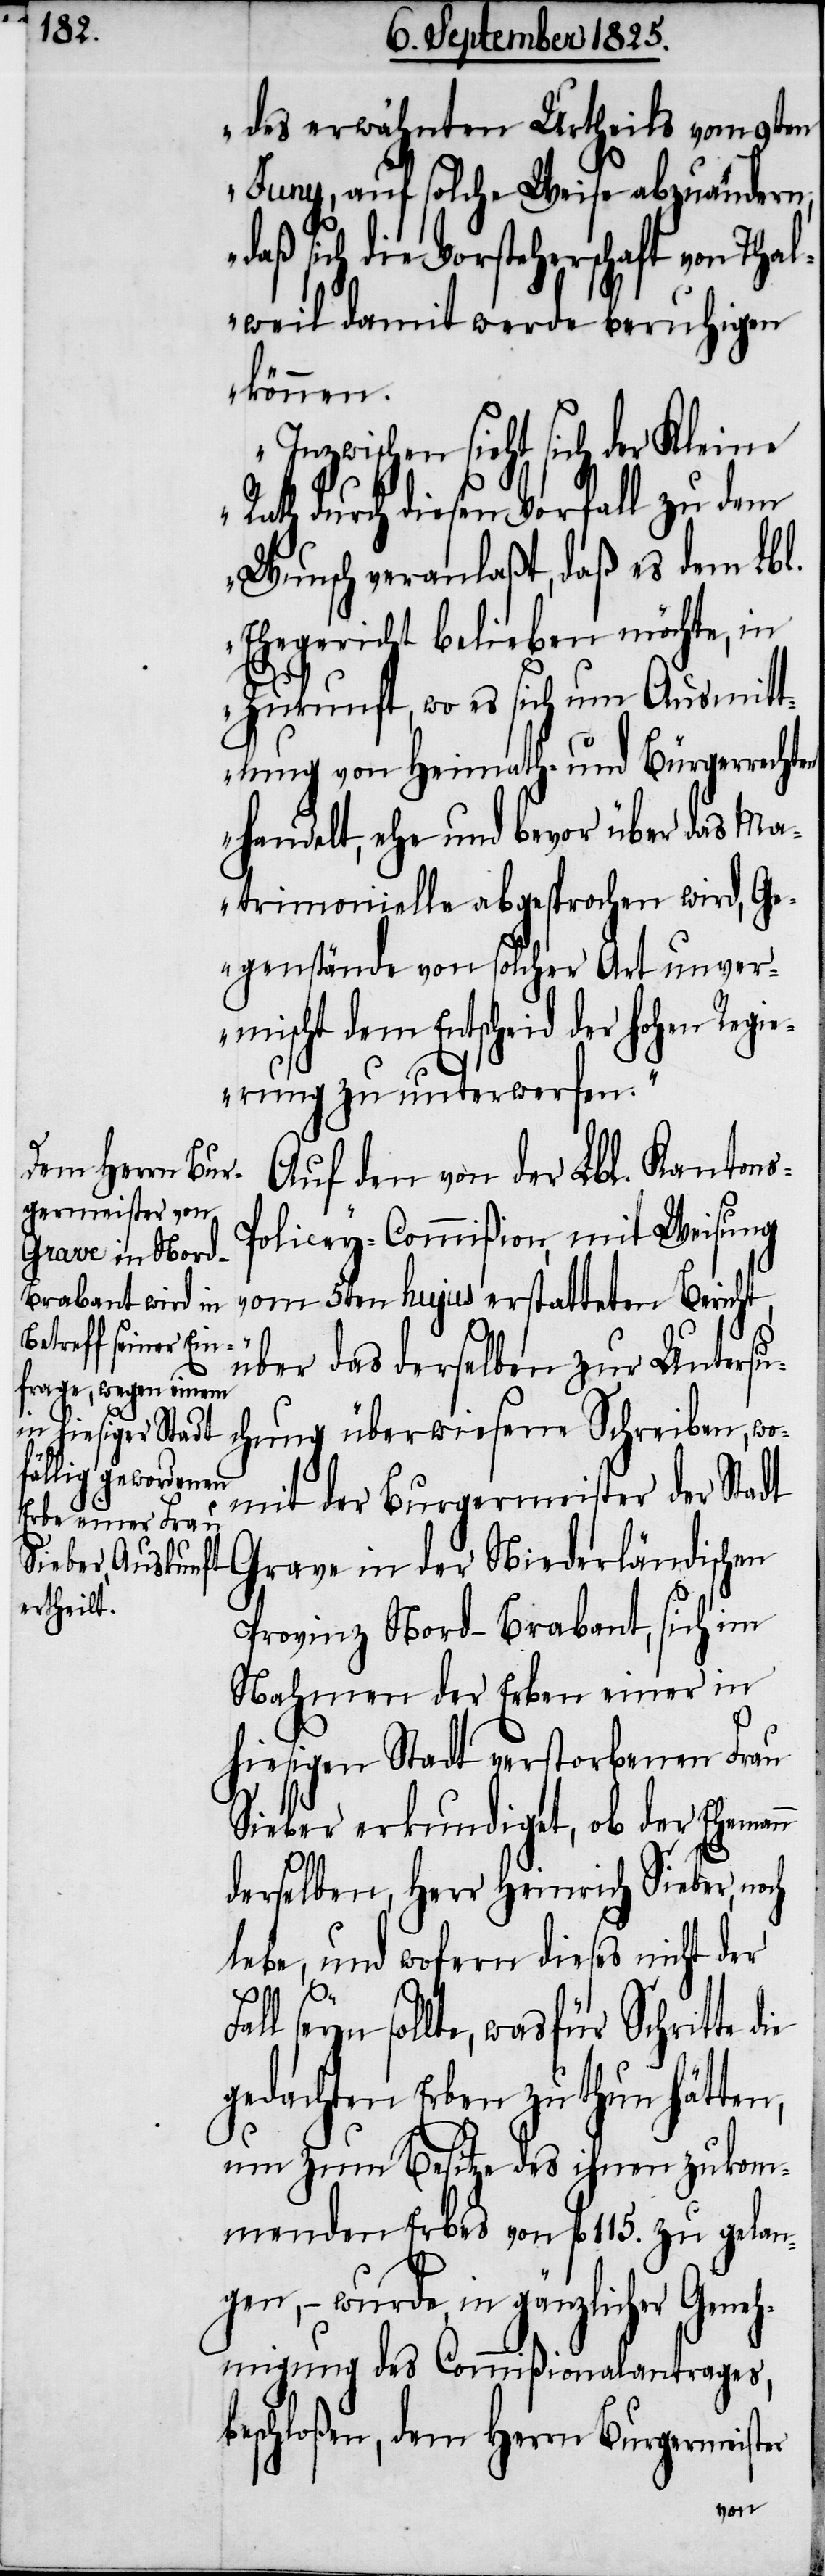
des erwähnten Urtheils vom
Juny, auf solche Weise abzuändern,
daß sich die Vorsteherschaft von Thal¬
weil damit werde beruhigen
können.
Inzwischen sieht sich der Kleine
Rath durch diesen Vorfall zu dem
Wunsch veranlaßt, daß es dem Lbl.
Ehegericht bleiben möchte, in
Zukunft, wo es sich um Ausmitt¬
lung von Heimath- und Bürgerrechten
handelt, ehe und bevor über da Ma¬
trimonielle abgesprochen wird, Ge¬
genstände von solcher Art unver¬
mischt dem Entscheid der hohen Regi¬
erung zu unterwerfen“.
Auf den von der Lbl. Kanton¬
olicey-Commißion, mit Weisung
vom 5ten hujus erstatteten Bericht,
über das derselben zur Untersu¬
chung überwiesene Schreiben, wo¬
mit der Burgermeister der Stadt
Grave in der Niederländischen
Provinz Nord-Brabant, sich im
Nahmen der Erben einer in
hiesigen Stadt verstorbenen Frau
Sieber erkundiget, ob der Ehemann
derselben, Herr Heinrich Sieber,
lebe, und wofern dieses nicht der
s-P¬
Fall seyn sollte, was für Schritte die
gedachten Erben zu thun hätten,
um zum Besitze des ihnen zukom¬
menden Erbes von fl. 115. zu gelan¬
gen, – wurde, in gänzlicher Geneh¬
migung des Commißionalantrages,
beschloßen, dem Herrn Burgermeister